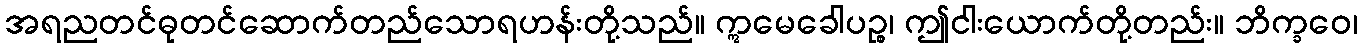
အရညတင်ဓုတင်ဆောက်တည်သောရဟန်းတို့သည်။ ဣမေခေါပဉ္စ၊ ဤငါးယောက်တို့တည်း။ ဘိက္ခဝေ၊